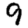
Digit: 9